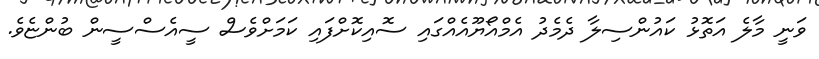
ވަނީ މާލެ އަތޮޅު ކައުންސިލާ ދެމެދު އެމްއޯޔޫއެއްގައި ސޮއިކޮށްފައި ކަމަށްވެސް ސީއެސްސީން ބުންޏެވެ.